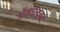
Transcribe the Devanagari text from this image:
ॲक्वाडक्ट